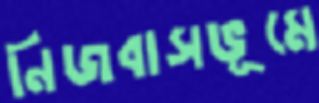
নিজবাসভূমে